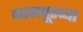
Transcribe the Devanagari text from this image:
नागपूरच्‍या